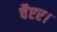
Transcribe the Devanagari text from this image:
चैप्टर।